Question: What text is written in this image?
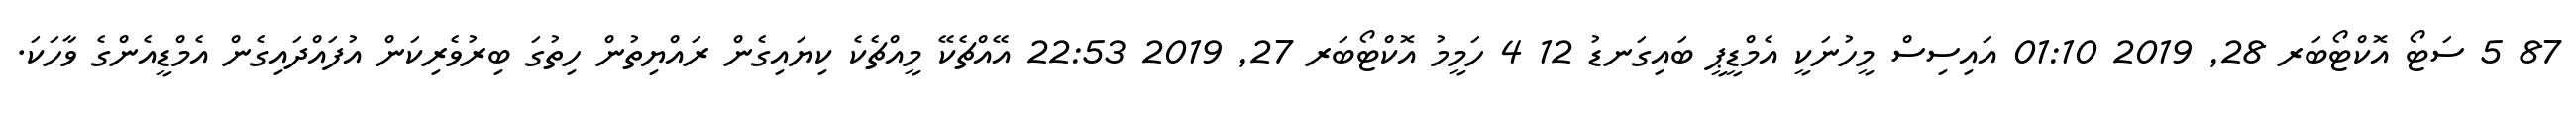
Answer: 87 5 ސަޓޯ އޮކްޓޯބަރ 28, 2019 01:10 އައިސިސް މީހުނަކީ އެމްޑީޕީ ބައިގަނޑު 12 4 ހަމީމު އޮކްޓޯބަރ 27, 2019 22:53 އޭއްޗެކޭ މީއްޗެކެ ކިޔައިގެން ރައްޔިތުން ހިތުގަ ބިރުވެރިކަން އުފައްދައިގެން އެމްޑީއެންގެ ވާހަކަ.